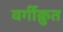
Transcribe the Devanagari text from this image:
वर्गीक्रुत